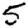
Digit: 5